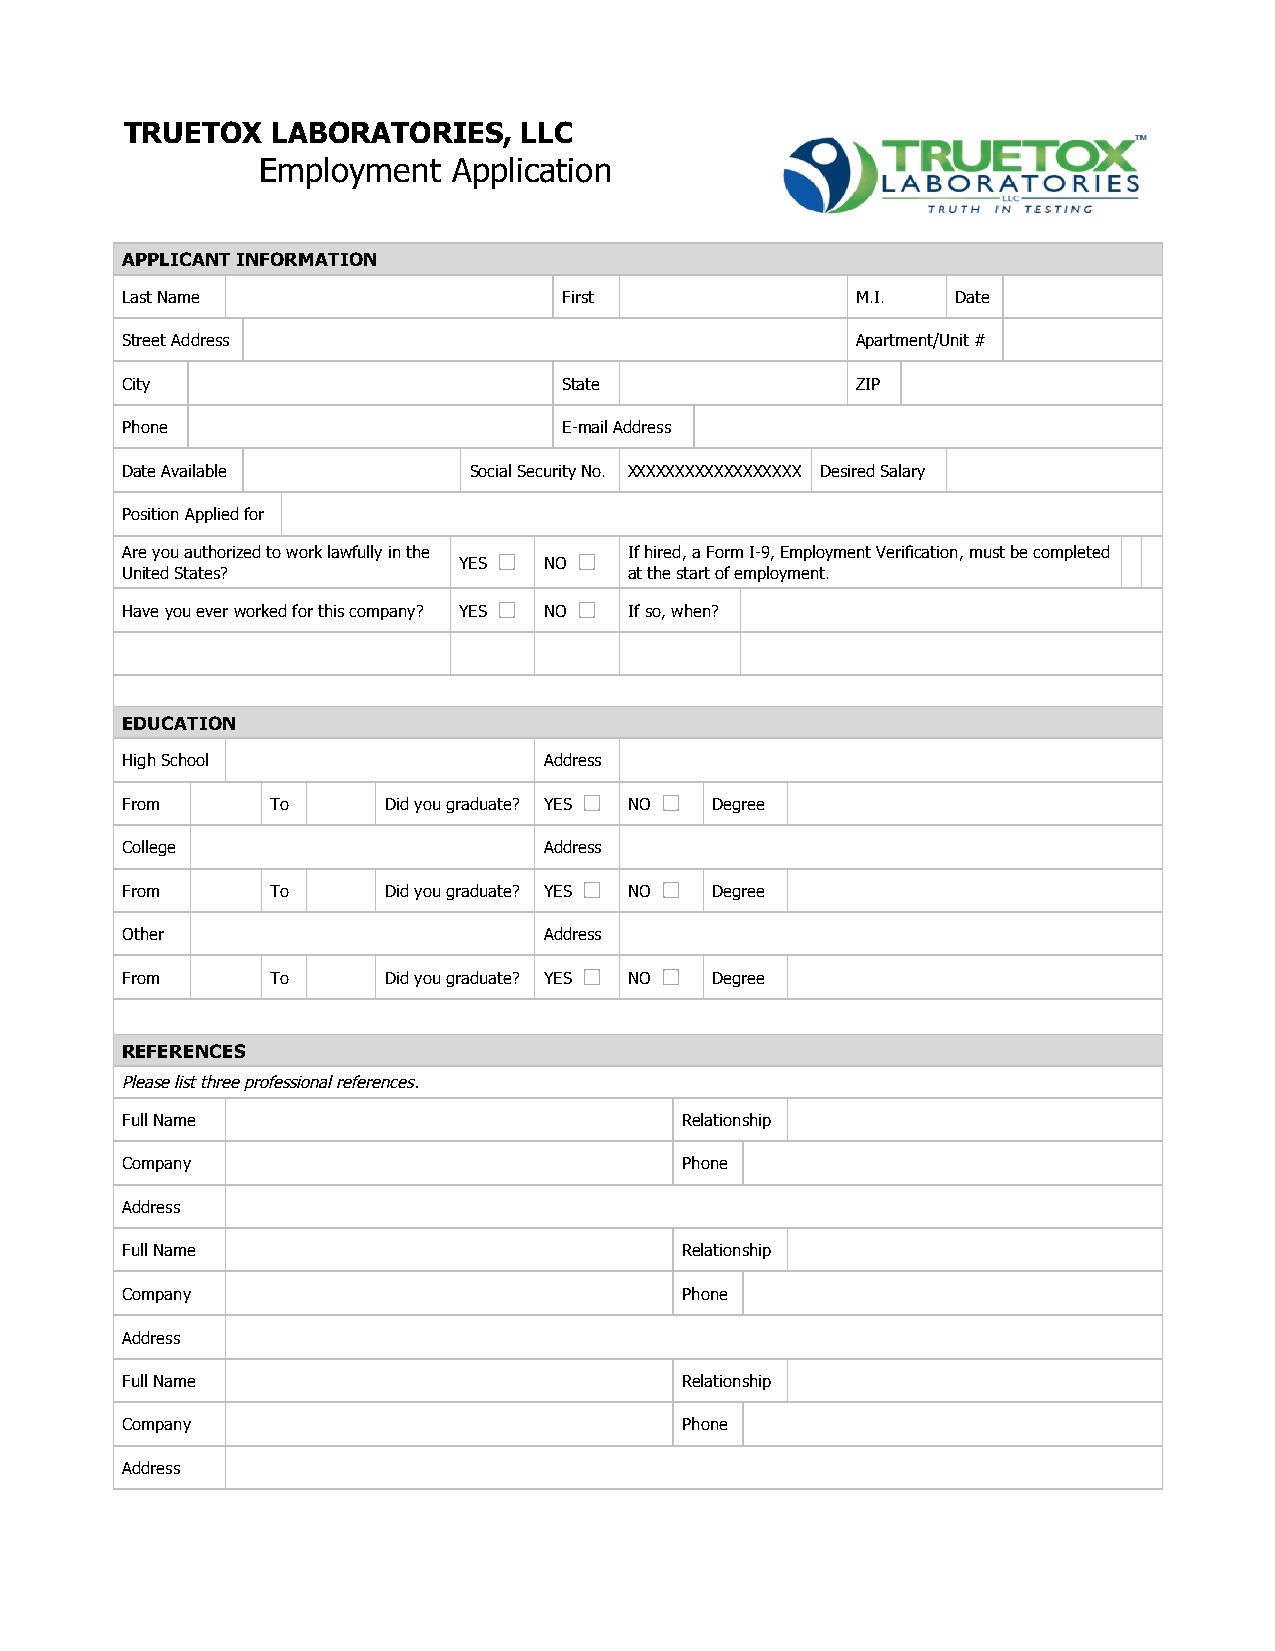
TRUETOX   LABORATORIES,   LLC
 Employment   Application
 APPLICANT INFORMATION
 Last Name                    First               M.I.  Date
 Street Address                                   Apartment/Unit #
 City                         State               ZIP
 Phone                        E-mail Address
 Date Available         Social Security No. XXXXXXXXXXXXXXXXXX Desired Salary
 Position Applied for
 Are you authorized to work lawfully in the If hired, a Form I-9, Employment Verification, must be completed
 YES   NO
 United States?                    at the start of employment.
 Have you ever worked for this company? YES NO If so, when?
 EDUCATION
 High School                 Address
 From      To     Did you graduate? YES NO Degree
 College                     Address
 From      To     Did you graduate? YES NO Degree
 Other                       Address
 From      To     Did you graduate? YES NO Degree
 REFERENCES
 Please list three professional references.
 Full Name                            Relationship
 Company                              Phone
 Address
 Full Name                            Relationship
 Company                              Phone
 Address
 Full Name                            Relationship
 Company                              Phone
 Address